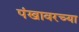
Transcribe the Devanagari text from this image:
पंखावरच्या